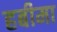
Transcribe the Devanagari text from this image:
हबीमा